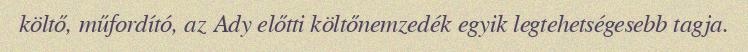
költő, műfordító, az Ady előtti költőnemzedék egyik legtehetségesebb tagja.